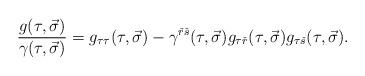
LaTeX: \begin{align*}{{g(\tau ,\vec \sigma )}\over {\gamma (\tau ,\vec \sigma )}}=g_{\tau\tau}(\tau ,\vec \sigma )-\gamma^{{\check r}{\check s}}(\tau ,\vec \sigma )g_{\tau {\check r}}(\tau ,\vec \sigma )g_{\tau {\check s}}(\tau ,\vec \sigma ).\end{align*}